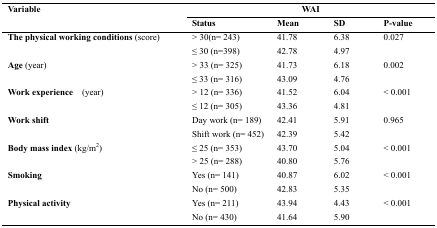
<table><thead><tr><td rowspan="3"><b>Variable</b></td><td colspan="4"><b>WAI</b></td></tr><tr><td><b>Status</b></td><td><b>Mean</b></td><td><b>SD</b></td><td><b>P-value</b></td></tr></thead><tbody><tr><td rowspan="2"><b>The physical working conditions</b> (score)</td><td>&gt; 30(n= 243)</td><td>41.78</td><td>6.38</td><td>0.027</td></tr><tr><td>≤ 30 (n=398)</td><td>42.78</td><td>4.97</td><td></td></tr><tr><td rowspan="2"><b>Age</b> (year)</td><td>&gt; 33 (n= 325)</td><td>41.73</td><td>6.18</td><td>0.002</td></tr><tr><td>≤ 33 (n= 316)</td><td>43.09</td><td>4.76</td><td></td></tr><tr><td rowspan="2"><b>Work experience</b> (year)</td><td>&gt; 12 (n= 336)</td><td>41.52</td><td>6.04</td><td>&lt; 0.001</td></tr><tr><td>≤ 12 (n= 305)</td><td>43.36</td><td>4.81</td><td></td></tr><tr><td rowspan="2"><b>Work shift</b></td><td>Day work (n= 189)</td><td>42.41</td><td>5.91</td><td>0.965</td></tr><tr><td>Shift work (n= 452)</td><td>42.39</td><td>5.42</td><td></td></tr><tr><td rowspan="2"><b>Body mass index</b> (kg/m<sup>2</sup>)</td><td>≤ 25 (n= 353)</td><td>43.70</td><td>5.04</td><td>&lt; 0.001</td></tr><tr><td>&gt; 25 (n= 288)</td><td>40.80</td><td>5.76</td><td></td></tr><tr><td rowspan="2"><b>Smoking</b></td><td>Yes (n= 141)</td><td>40.87</td><td>6.02</td><td>&lt; 0.001</td></tr><tr><td>No (n= 500)</td><td>42.83</td><td>5.35</td><td></td></tr><tr><td rowspan="2"><b>Physical activity</b></td><td>Yes (n= 211)</td><td>43.94</td><td>4.43</td><td>&lt; 0.001</td></tr><tr><td>No (n= 430)</td><td>41.64</td><td>5.90</td><td></td></tr></tbody></table>